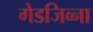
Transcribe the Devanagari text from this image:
गेडजिव्ना